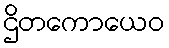
ဌိတကောယေဝ